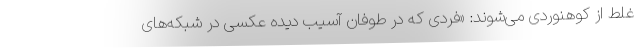
غلط از کوهنوردی می‌شوند: «فردی که در طوفان آسیب دیده عکسی در شبکه‌های